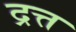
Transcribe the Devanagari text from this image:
द्रत्त